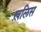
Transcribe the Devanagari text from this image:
ख़लिस